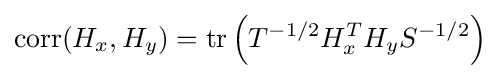
\operatorname {corr} (H_{x},H_{y})=\operatorname {tr} \left(T^{-1/2}H_{x}^{T}H_{y}S^{-1/2}\right)